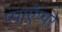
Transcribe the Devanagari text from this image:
प्पाऍप्पऱे